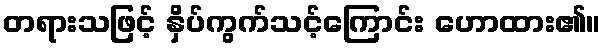
တရားသဖြင့် နှိပ်ကွက်သင့်ကြောင်း ဟောထား၏။